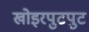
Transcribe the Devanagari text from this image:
खोइरपुटपुट